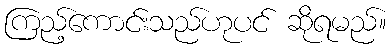
ကြည့်ကောင်းသည်ဟုပင် ဆိုရမည်။